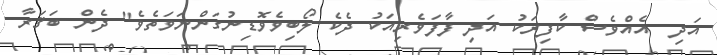
އަދި  އެއްވެސް ކާފިރަކު އަދި ފާފަވެރިއަކު ދެކެ ލޯބިވެވޮޑިނުގަންނަވަތެވެ" ދެން ބަޤަރާ